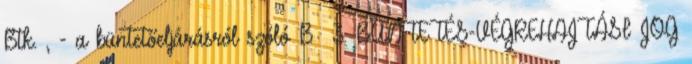
Btk. , - a büntetőeljárásról szóló B 3. BÜNTETÉS-VÉGREHAJTÁSI JOG